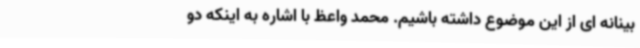
بینانه ای از این موضوع داشته باشیم. محمد واعظ با اشاره به اینکه دو